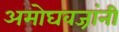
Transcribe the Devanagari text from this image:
अमोघवज्रांनी